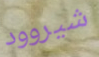
شيروود